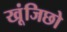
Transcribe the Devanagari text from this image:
खूंजिछो